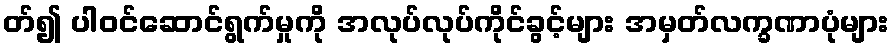
တ်၍ ပါဝင်ဆောင်ရွက်မှုကို အလုပ်လုပ်ကိုင်ခွင့်များ အမှတ်လက္ခဏာပုံများ